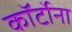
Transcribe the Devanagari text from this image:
कॉर्टोना